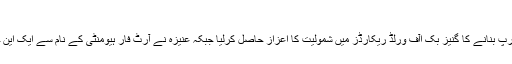
عنیزہ علی برلاس
عنیزہ علی برلاس وہ پاکستانی طالبہ ہے ، جنہوں نے طویل ترین کارٹون اسٹرپ بنانے کا گنیز بک اآف ورلڈ ریکارڈز میں شمولیت کا اعزاز حاصل کرلیا جبکہ عنیزہ نے آرٹ فار ہیومنٹی کے نام سے ایک این جی او بھی قائم کی ہے، جو ایدھی فاونڈیشن کے لیئے عطیات جمع کرے گی۔